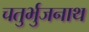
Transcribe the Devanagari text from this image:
चतुर्भुजनाथ